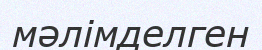
мәлімделген